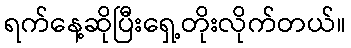
ရက်နေ့ဆိုပြီးရှေ့တိုးလိုက်တယ်။